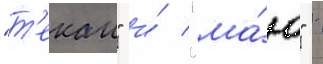
"т'екаи" и́ "ма́ю" -